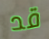
قد